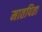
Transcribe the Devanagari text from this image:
मातपिता